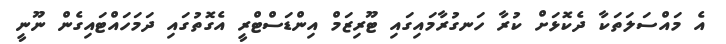
އެ މައްސަލަތަކާ ދެކޮޅަށް ކުރާ ހަނގުރާމައިގައި ޓޫރިޒަމް އިންޑަސްޓްރީ އެގޮތުގައި ދަމަހައްޓައިގެން ނޫނީ